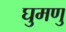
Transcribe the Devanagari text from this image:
घुमणु